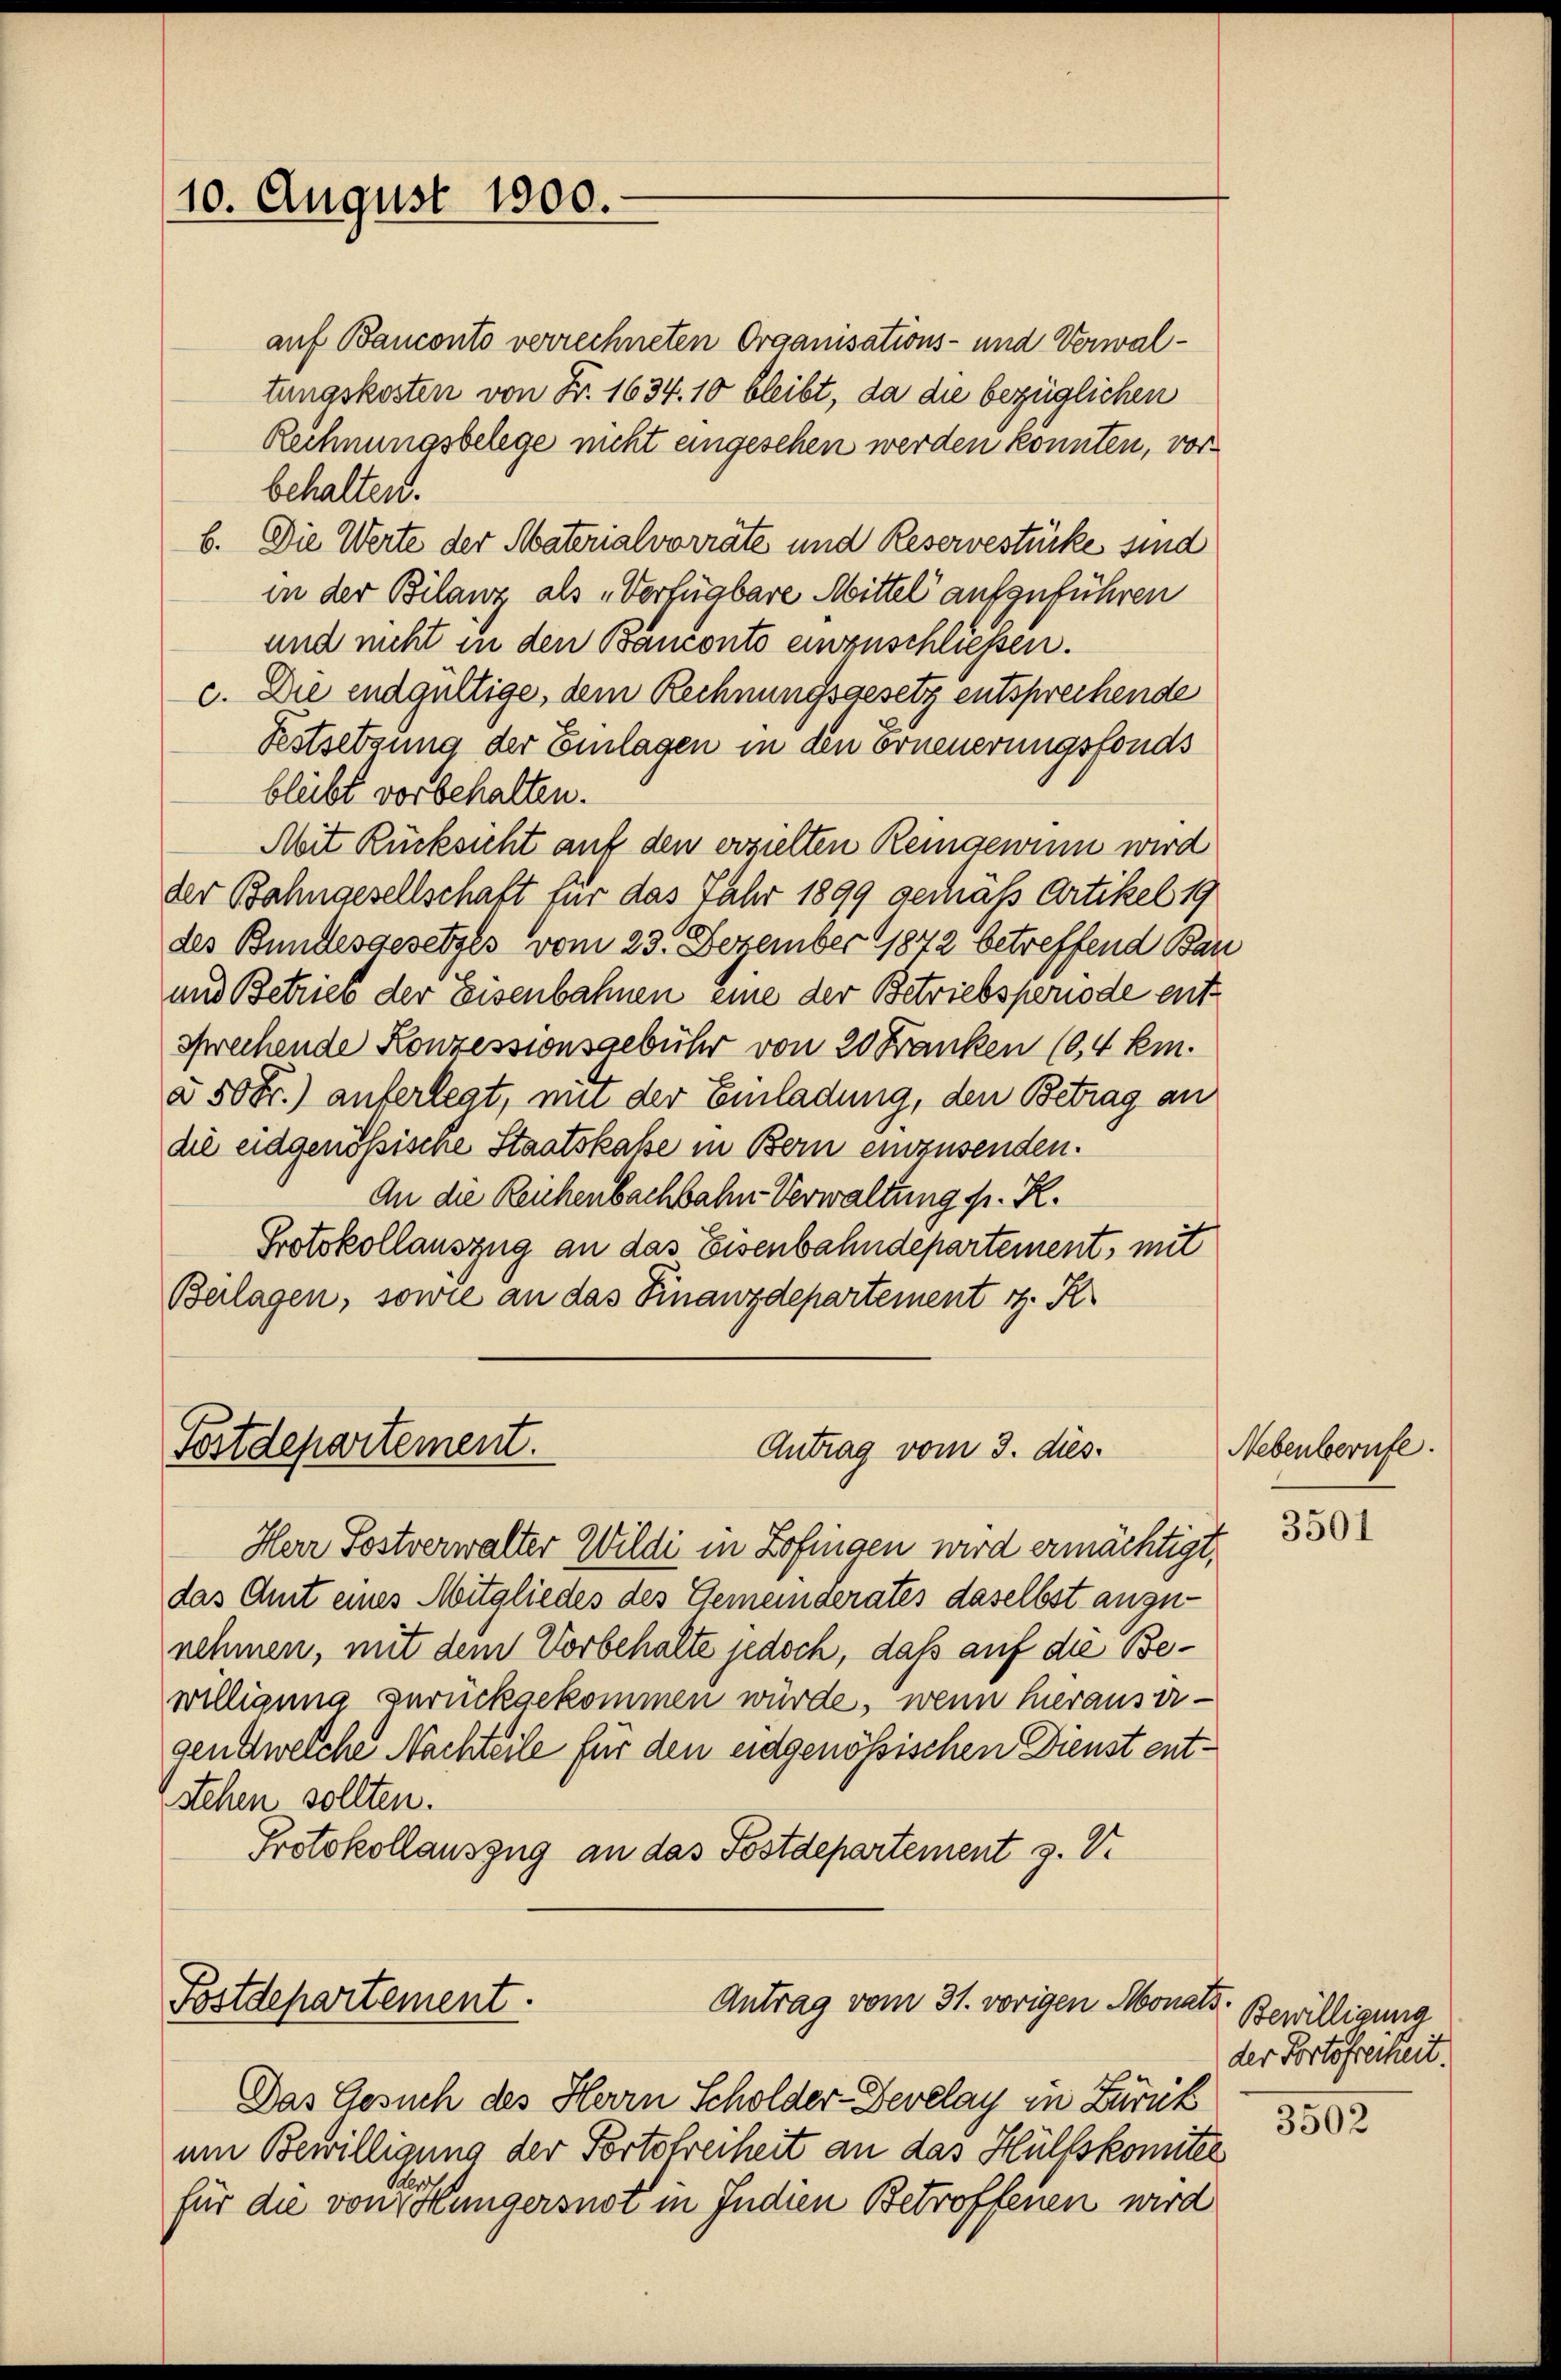
10. August 1800.

auf Banconto verrechneten Organisations- und Verwaltungskosten von Fr. 1634. 10 bleibt, da die bezüglichen
Rechnungsbelege nicht eingesehen werden konnten, vorbehalten.
b. Die Werte der Materialvorräte und Reservestücke sind
in der Bilanz als „Verfügbare Mittel aufzuführen
und nicht in den Banconto einzuschließen.
c. Die endgültige, dem Rechnungsgesetz entsprechende
Festsetzung der Einlagen in den Erneuerungsfonds
bleibt vorbehalten.
Mit Rücksicht auf den erzielten Reingewinn wird
der Bahngesellschaft für das Jahr 1899 gemäß Artikel 19
des Bundesgesetzes vom 23. Dezember 1872 betreffend Bau
und Betrieb der Eisenbahnen eine der Betriebsperiode entsprechende Konzessionsgebühr von 20 Franken (0,4 km.
à 50 Fr.) auferlegt, mit der Einladung, den Betrag an
die eidgenössische Staatskasse in Bern einzusenden.
An die Reichenbachbahn Verwaltung fr. R.
Protokollauszug an das Eisenbahndepartement, mit
Beilagen, sowie an das Finanzdepartement i. R.

Postdepartement.
Antrag vom 3. dies

Herr Postverwalter Wildi in Zofingen wird ermächtigt,
das Amt eines Mitgliedes des Gemeinderates daselbst anzunehmen, mit dem Vorbehalte jedoch, daß auf die Bewilligung zurückgekommen würde, wenn herauser-
gendwelche Nachteile für den eidgenössischen Dienst entstehen sollten.
Protokollauszug an das Postdepartement z.

Postdepartement.
Antrag vom 31. vorigen Mon

Das Gesuch des Herrn Scholder-Develay in Zurück
um Bewilligung der Fortsfreiheit an das Hülfskomitel
für die von Müngersnot in Indien Betroffenen wird

Nebenberufe.

3501

ed
Bewilligung
der Portofreiheit.

3502